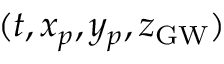
( t , x _ { p } , y _ { p } , z _ { \mathrm { G W } } )